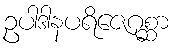
ဥပါဒါနပရိဇေဂုစ္ဆာ